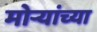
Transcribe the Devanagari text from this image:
मोर्‍यांच्या